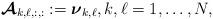
LaTeX: \begin{align*} \boldsymbol{\mathcal{A}}_{k,\ell,:,:} := \boldsymbol{\nu}_{k,\ell}, k,\ell =1,\dots,N,\end{align*}